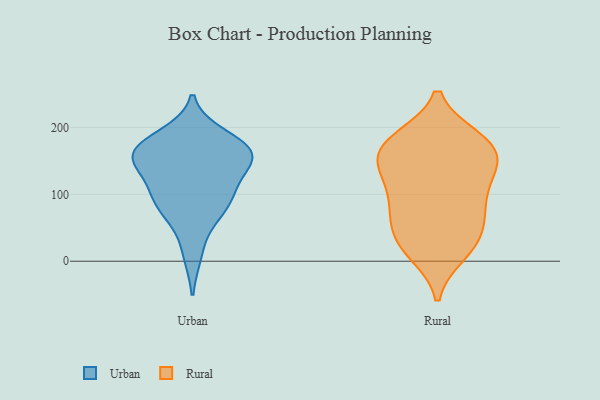
{"axis": {"x": "Bounce Rate (%)", "y": "Value"}, "legend": ["Rural", "Urban"], "data": [{"x": "", "y": 167, "type": "Urban"}, {"x": "", "y": 80, "type": "Urban"}, {"x": "", "y": 161, "type": "Urban"}, {"x": "", "y": 68, "type": "Urban"}, {"x": "", "y": 168, "type": "Urban"}, {"x": "", "y": 12, "type": "Urban"}, {"x": "", "y": 145, "type": "Urban"}, {"x": "", "y": 186, "type": "Urban"}, {"x": "", "y": 107, "type": "Urban"}, {"x": "", "y": 163, "type": "Urban"}, {"x": "", "y": 105, "type": "Urban"}, {"x": "", "y": 148, "type": "Urban"}, {"x": "", "y": 161, "type": "Urban"}, {"x": "", "y": 91, "type": "Urban"}, {"x": "", "y": 178, "type": "Rural"}, {"x": "", "y": 183, "type": "Rural"}, {"x": "", "y": 87, "type": "Rural"}, {"x": "", "y": 12, "type": "Rural"}, {"x": "", "y": 34, "type": "Rural"}, {"x": "", "y": 182, "type": "Rural"}, {"x": "", "y": 170, "type": "Rural"}, {"x": "", "y": 93, "type": "Rural"}, {"x": "", "y": 175, "type": "Rural"}, {"x": "", "y": 15, "type": "Rural"}, {"x": "", "y": 49, "type": "Rural"}, {"x": "", "y": 32, "type": "Rural"}, {"x": "", "y": 144, "type": "Rural"}, {"x": "", "y": 78, "type": "Rural"}, {"x": "", "y": 72, "type": "Rural"}, {"x": "", "y": 142, "type": "Rural"}, {"x": "", "y": 127, "type": "Rural"}, {"x": "", "y": 151, "type": "Rural"}, {"x": "", "y": 128, "type": "Rural"}]}